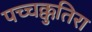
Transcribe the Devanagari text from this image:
पच्चक्कुतिरा